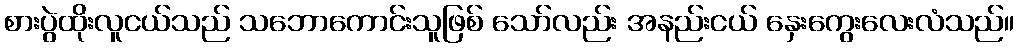
စားပွဲထိုးလူငယ်သည် သဘောကောင်းသူဖြစ် သော်လည်း အနည်းငယ် နှေးကွေးလေးလံသည်။